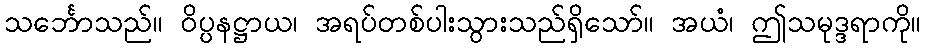
သင်္ဘောသည်။ ဝိပ္ပနဋ္ဌာယ၊ အရပ်တစ်ပါးသွားသည်ရှိသော်။ အယံ၊ ဤသမုဒ္ဒရာကို။